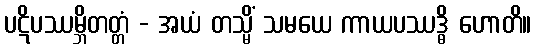
ပဋိပဿမ္ဘိတတ္တံ - အယံ တသ္မိံ သမယေ ကာယပဿဒ္ဓိ ဟောတိ။